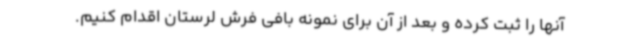
آنها را ثبت کرده و بعد از آن برای نمونه بافی فرش لرستان اقدام کنیم.